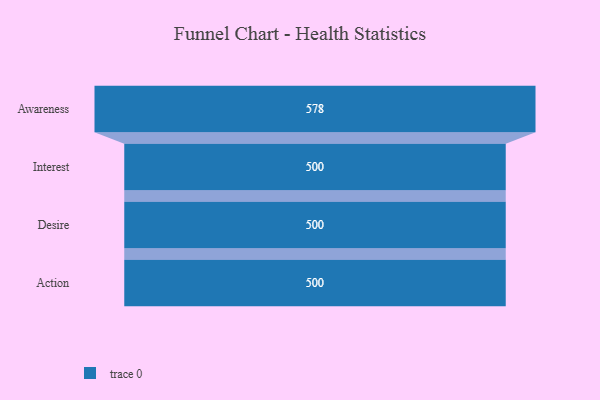
{"axis": {"x": "Stage", "y": "Value"}, "legend": [""], "data": [{"x": "Awareness", "y": 578.0, "type": ""}, {"x": "Interest", "y": 500, "type": ""}, {"x": "Desire", "y": 500, "type": ""}, {"x": "Action", "y": 500, "type": ""}]}